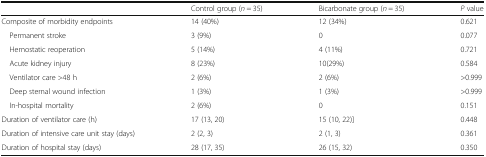
<table><thead><tr><td></td><td><b>Control group (<i>n</i> = 35)</b></td><td><b>Bicarbonate group (<i>n</i> = 35)</b></td><td><b><i>P</i> value</b></td></tr></thead><tbody><tr><td>Composite of morbidity endpoints</td><td>14 (40%)</td><td>12 (34%)</td><td>0.621</td></tr><tr><td> Permanent stroke</td><td>3 (9%)</td><td>0</td><td>0.077</td></tr><tr><td> Hemostatic reoperation</td><td>5 (14%)</td><td>4 (11%)</td><td>0.721</td></tr><tr><td> Acute kidney injury</td><td>8 (23%)</td><td>10(29%)</td><td>0.584</td></tr><tr><td> Ventilator care &gt;48 h</td><td>2 (6%)</td><td>2 (6%)</td><td>&gt;0.999</td></tr><tr><td> Deep sternal wound infection</td><td>1 (3%)</td><td>1 (3%)</td><td>&gt;0.999</td></tr><tr><td> In-hospital mortality</td><td>2 (6%)</td><td>0</td><td>0.151</td></tr><tr><td>Duration of ventilator care (h)</td><td>17 (13, 20)</td><td>15 (10, 22)]</td><td>0.448</td></tr><tr><td>Duration of intensive care unit stay (days)</td><td>2 (2, 3)</td><td>2 (1, 3)</td><td>0.361</td></tr><tr><td>Duration of hospital stay (days)</td><td>28 (17, 35)</td><td>26 (15, 32)</td><td>0.350</td></tr></tbody></table>